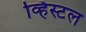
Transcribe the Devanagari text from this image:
व्हिस्टल